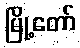
မြို့တော်